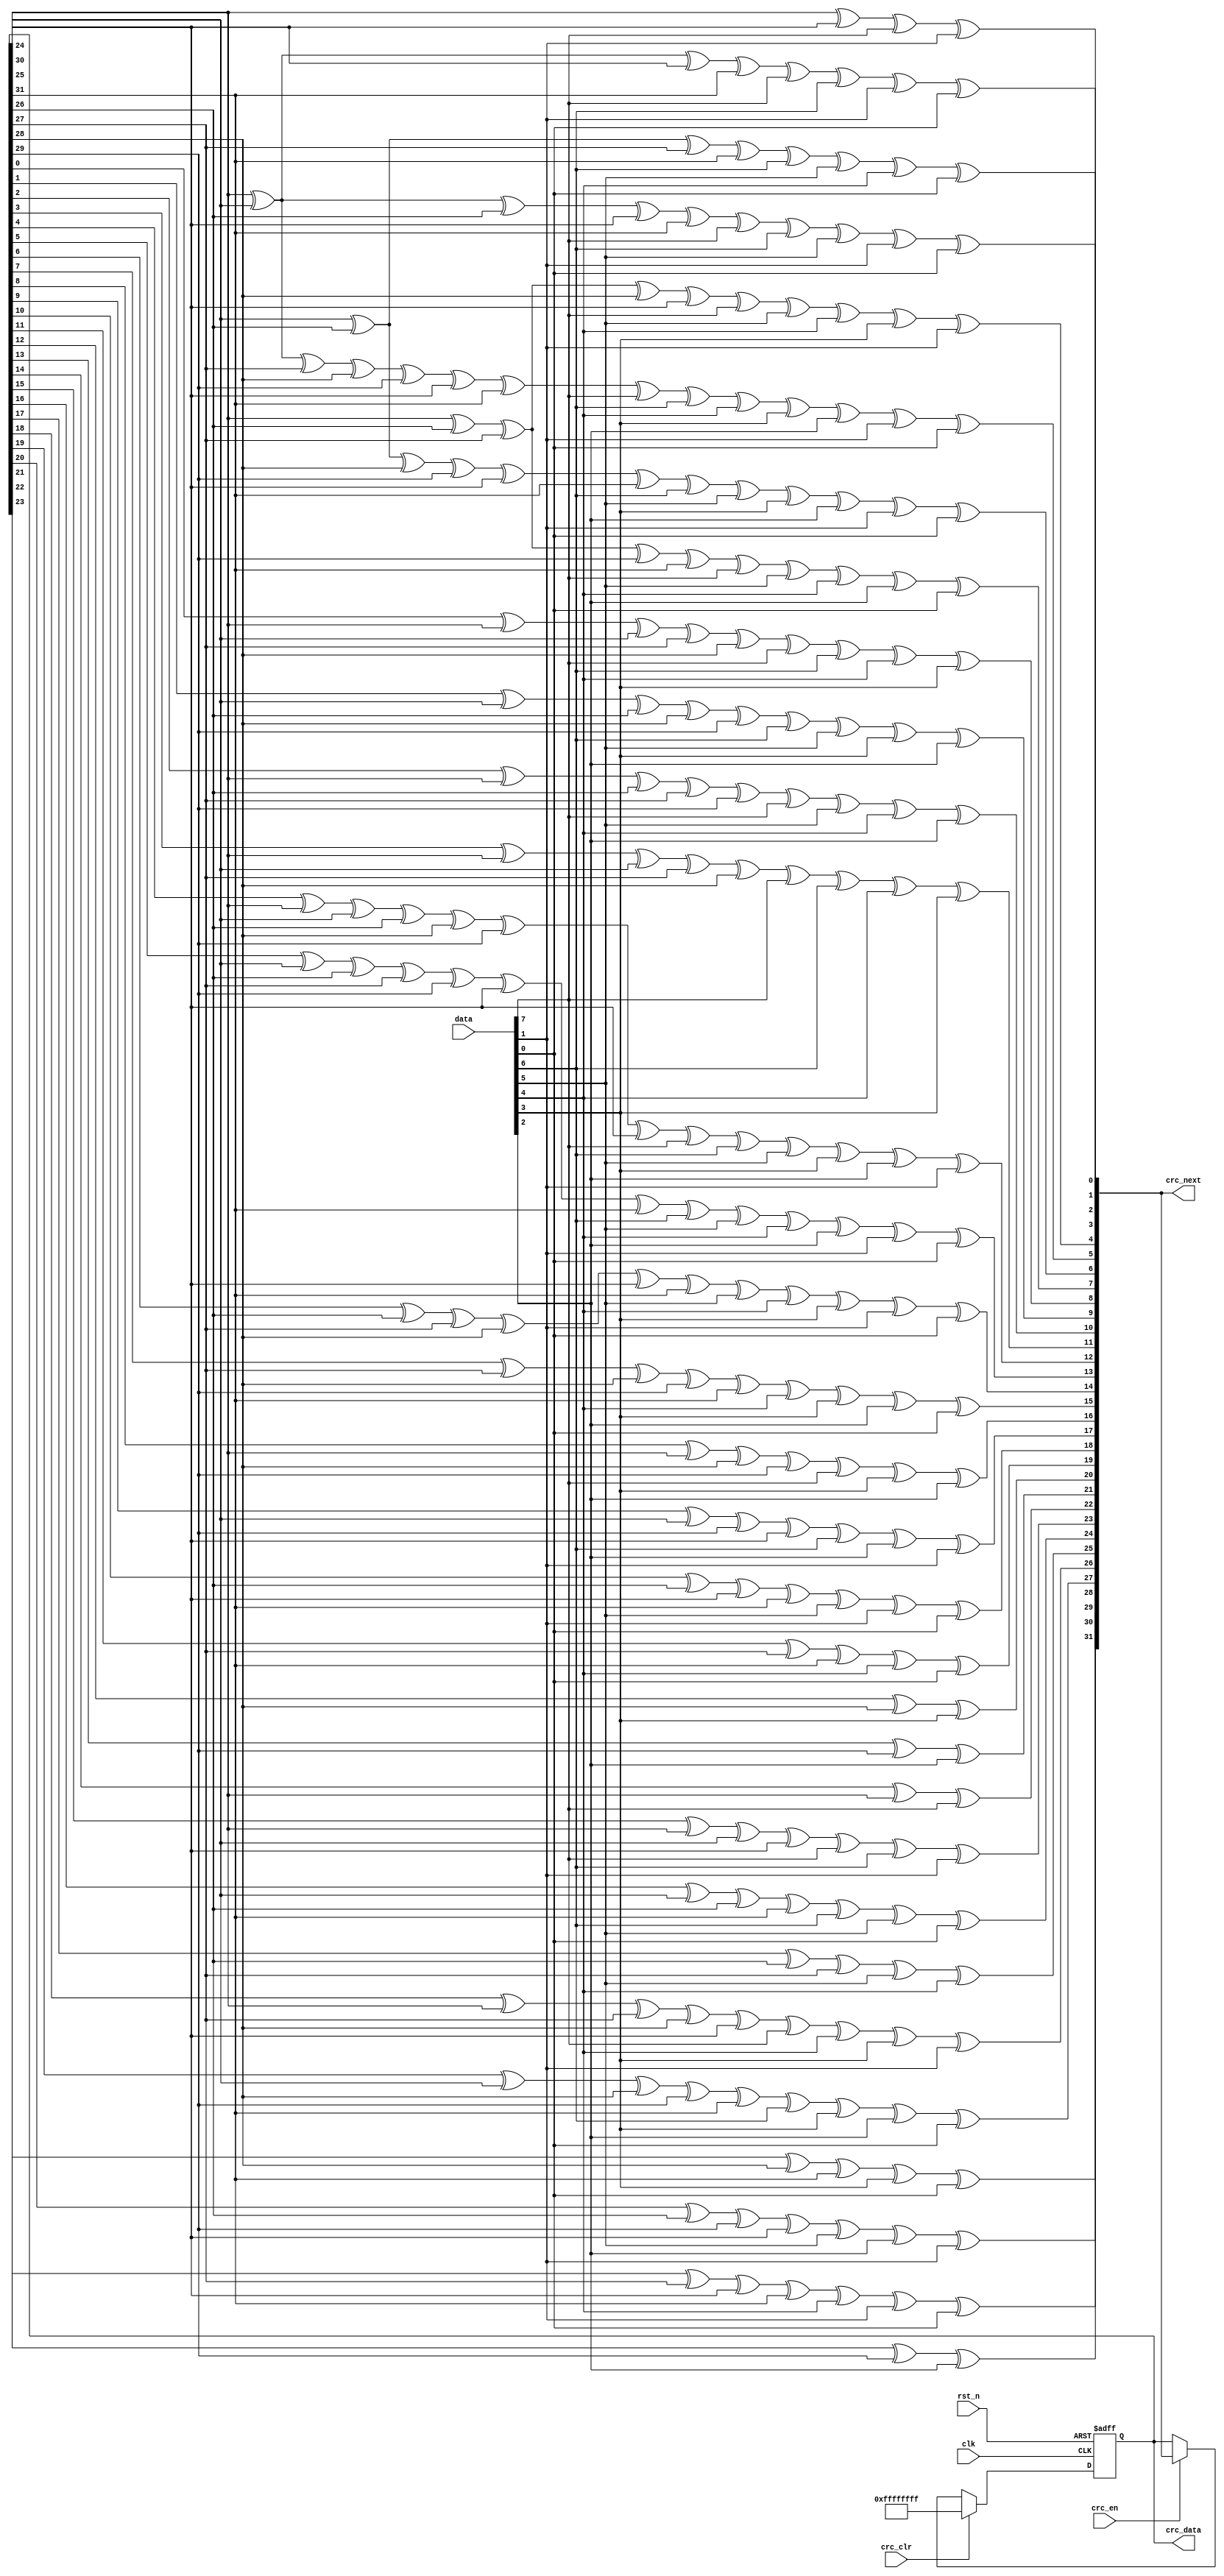

module crc32_d8 (
    input   wire            clk     , // 
    input   wire            rst_n   , // 
    input   wire    [ 7:0]  data    , // 8
    input   wire            crc_en  , // crc 
    input   wire            crc_clr , // crc 
    output  reg     [31:0]  crc_data, // CRC 
    output  wire    [31:0]  crc_next  // CRC 
);

/****************************wire****************************/
//8,
wire    [7:0]   data_t;

/********************combinational logic*********************/
assign data_t = {data[0], data[1], data[2], data[3], data[4], data[5], data[6],data[7]};

//CRC32G(x)= x^32 + x^26 + x^23 + x^22 + x^16 + x^12 + x^11 + x^10 + x^8 + x^7 + x^5 + x^4 + x^2 + x^1 + 1
assign crc_next[0] = crc_data[24] ^ crc_data[30] ^ data_t[0] ^ data_t[6];
assign crc_next[1] = crc_data[24] ^ crc_data[25] ^ crc_data[30] ^ crc_data[31] ^ data_t[0] ^ data_t[1] ^ data_t[6] ^ data_t[7];
assign crc_next[2] = crc_data[24] ^ crc_data[25] ^ crc_data[26] ^ crc_data[30] ^ crc_data[31] ^ data_t[0] ^ data_t[1] ^ data_t[2] ^ data_t[6] ^ data_t[7];
assign crc_next[3] = crc_data[25] ^ crc_data[26] ^ crc_data[27] ^ crc_data[31] ^ data_t[1] ^ data_t[2] ^ data_t[3] ^ data_t[7];
assign crc_next[4] = crc_data[24] ^ crc_data[26] ^ crc_data[27] ^ crc_data[28] ^ crc_data[30] ^ data_t[0] ^ data_t[2] ^ data_t[3] ^ data_t[4] ^ data_t[6];
assign crc_next[5] = crc_data[24] ^ crc_data[25] ^ crc_data[27] ^ crc_data[28] ^ crc_data[29] ^ crc_data[30] ^ crc_data[31] ^ data_t[0] ^ data_t[1] ^ data_t[3] ^ data_t[4] ^ data_t[5] ^ data_t[6] ^ data_t[7];
assign crc_next[6] = crc_data[25] ^ crc_data[26] ^ crc_data[28] ^ crc_data[29] ^ crc_data[30] ^ crc_data[31] ^ data_t[1] ^ data_t[2] ^ data_t[4] ^ data_t[5] ^ data_t[6] ^ data_t[7];
assign crc_next[7] = crc_data[24] ^ crc_data[26] ^ crc_data[27] ^ crc_data[29] ^ crc_data[31] ^ data_t[0] ^ data_t[2] ^ data_t[3] ^ data_t[5] ^ data_t[7];
assign crc_next[8] = crc_data[0] ^ crc_data[24] ^ crc_data[25] ^ crc_data[27] ^ crc_data[28] ^ data_t[0] ^ data_t[1] ^ data_t[3] ^ data_t[4];
assign crc_next[9] = crc_data[1] ^ crc_data[25] ^ crc_data[26] ^ crc_data[28] ^ crc_data[29] ^ data_t[1] ^ data_t[2] ^ data_t[4] ^ data_t[5];
assign crc_next[10] = crc_data[2] ^ crc_data[24] ^ crc_data[26] ^ crc_data[27] ^ crc_data[29] ^ data_t[0] ^ data_t[2] ^ data_t[3] ^ data_t[5];
assign crc_next[11] = crc_data[3] ^ crc_data[24] ^ crc_data[25] ^ crc_data[27] ^ crc_data[28] ^ data_t[0] ^ data_t[1] ^ data_t[3] ^ data_t[4];
assign crc_next[12] = crc_data[4] ^ crc_data[24] ^ crc_data[25] ^ crc_data[26] ^ crc_data[28] ^ crc_data[29] ^ crc_data[30] ^ data_t[0] ^ data_t[1] ^ data_t[2] ^ data_t[4] ^ data_t[5] ^ data_t[6];
assign crc_next[13] = crc_data[5] ^ crc_data[25] ^ crc_data[26] ^ crc_data[27] ^ crc_data[29] ^ crc_data[30] ^ crc_data[31] ^ data_t[1] ^ data_t[2] ^ data_t[3] ^ data_t[5] ^ data_t[6] ^ data_t[7];
assign crc_next[14] = crc_data[6] ^ crc_data[26] ^ crc_data[27] ^ crc_data[28] ^ crc_data[30] ^ crc_data[31] ^ data_t[2] ^ data_t[3] ^ data_t[4]^ data_t[6] ^ data_t[7];
assign crc_next[15] =  crc_data[7] ^ crc_data[27] ^ crc_data[28] ^ crc_data[29]^ crc_data[31] ^ data_t[3] ^ data_t[4] ^ data_t[5] ^ data_t[7];
assign crc_next[16] = crc_data[8] ^ crc_data[24] ^ crc_data[28] ^ crc_data[29] ^ data_t[0] ^ data_t[4] ^ data_t[5];
assign crc_next[17] = crc_data[9] ^ crc_data[25] ^ crc_data[29] ^ crc_data[30] ^ data_t[1] ^ data_t[5] ^ data_t[6];
assign crc_next[18] = crc_data[10] ^ crc_data[26] ^ crc_data[30] ^ crc_data[31] ^ data_t[2] ^ data_t[6] ^ data_t[7];
assign crc_next[19] = crc_data[11] ^ crc_data[27] ^ crc_data[31] ^ data_t[3] ^ data_t[7];
assign crc_next[20] = crc_data[12] ^ crc_data[28] ^ data_t[4];
assign crc_next[21] = crc_data[13] ^ crc_data[29] ^ data_t[5];
assign crc_next[22] = crc_data[14] ^ crc_data[24] ^ data_t[0];
assign crc_next[23] = crc_data[15] ^ crc_data[24] ^ crc_data[25] ^ crc_data[30] ^ data_t[0] ^ data_t[1] ^ data_t[6];
assign crc_next[24] = crc_data[16] ^ crc_data[25] ^ crc_data[26] ^ crc_data[31] ^ data_t[1] ^ data_t[2] ^ data_t[7];
assign crc_next[25] = crc_data[17] ^ crc_data[26] ^ crc_data[27] ^ data_t[2] ^ data_t[3];
assign crc_next[26] = crc_data[18] ^ crc_data[24] ^ crc_data[27] ^ crc_data[28] ^ crc_data[30] ^ data_t[0] ^ data_t[3] ^ data_t[4] ^ data_t[6];
assign crc_next[27] = crc_data[19] ^ crc_data[25] ^ crc_data[28] ^ crc_data[29] ^ crc_data[31] ^ data_t[1] ^ data_t[4] ^ data_t[5] ^ data_t[7];
assign crc_next[28] = crc_data[20] ^ crc_data[26] ^ crc_data[29] ^ crc_data[30] ^ data_t[2] ^ data_t[5] ^ data_t[6];
assign crc_next[29] = crc_data[21] ^ crc_data[27] ^ crc_data[30] ^ crc_data[31] ^ data_t[3] ^ data_t[6] ^ data_t[7];
assign crc_next[30] = crc_data[22] ^ crc_data[28] ^ crc_data[31] ^ data_t[4] ^ data_t[7];
assign crc_next[31] = crc_data[23] ^ crc_data[29] ^ data_t[5];

/**************************process***************************/
always@(posedge clk or negedge rst_n)
begin
    if(!rst_n)
        crc_data <= 32'hff_ff_ff_ff;
    else if(crc_clr) // CRC 
        crc_data <= 32'hff_ff_ff_ff;
    else if(crc_en)
        crc_data <= crc_next;
    else
        crc_data <= crc_data;
end

endmodule